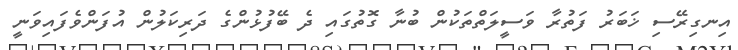
އިނގިރޭސި ޚަބަރު ފަތުރާ ވަސީލަތްތަކުން ބުނާ ގޮތުގައި ދެ ބޭފުޅުންގެ ދަރިކަލުން އުފަންވެފައިވަނީ